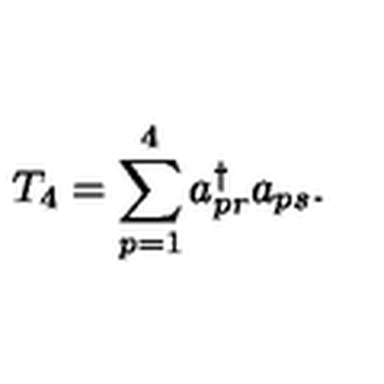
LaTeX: T _ { 4 } = \sum _ { p = 1 } ^ { 4 } a _ { p r } ^ { \dagger } a _ { p s } .